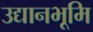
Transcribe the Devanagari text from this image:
उद्यानभूमि